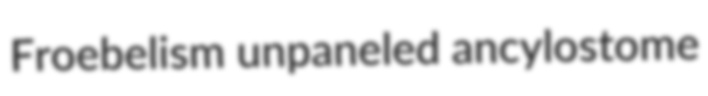
Froebelism unpaneled ancylostome